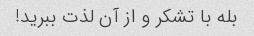
بله با تشکر و از آن لذت ببرید!